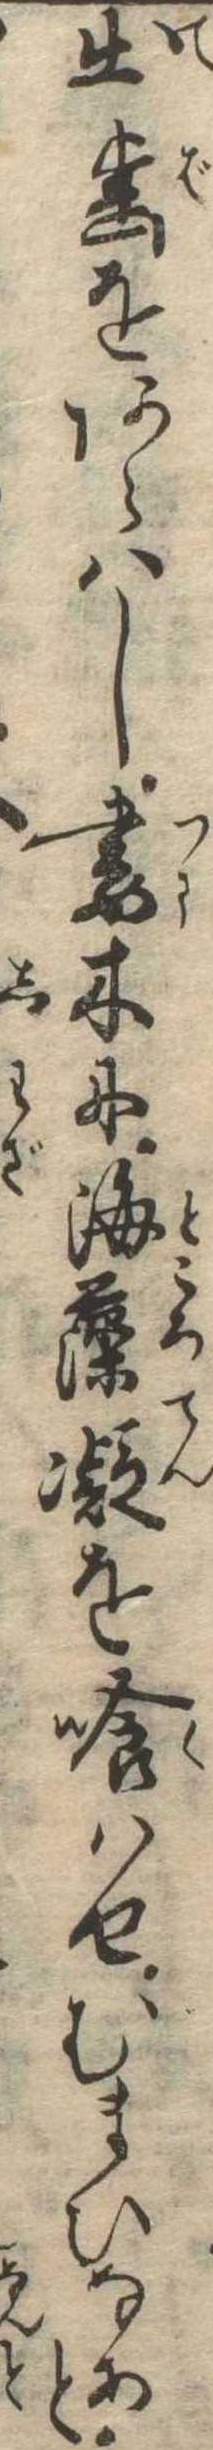
出歯をあらはし妻木に海藻凝を喰はせむまひなあと